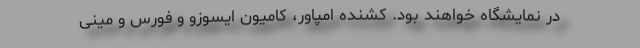
در نمایشگاه خواهند بود. کشنده امپاور، کامیون ایسوزو و فورس و مینی